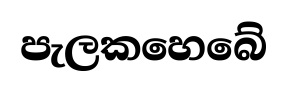
පැලකහෙබේ